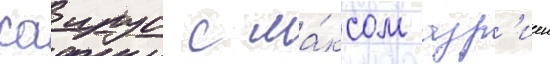
саирус с ма́ксом азр'иеи